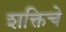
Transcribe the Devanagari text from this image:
शक्तिचे